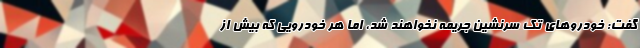
گفت: خودروهای تک سرنشین جریمه نخواهند شد، اما هر خودرویی که بیش از